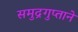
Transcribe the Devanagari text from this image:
समुद्रगुप्ताने